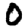
Digit: 0